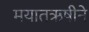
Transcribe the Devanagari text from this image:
मयातऋषीने